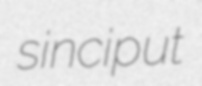
sinciput